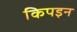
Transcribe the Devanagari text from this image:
किपइन